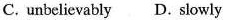
C. unbelievably D.slowly